Lunatic asylums in Bengal annual reports 1888-1898 - 1888-1898
Year: 1888
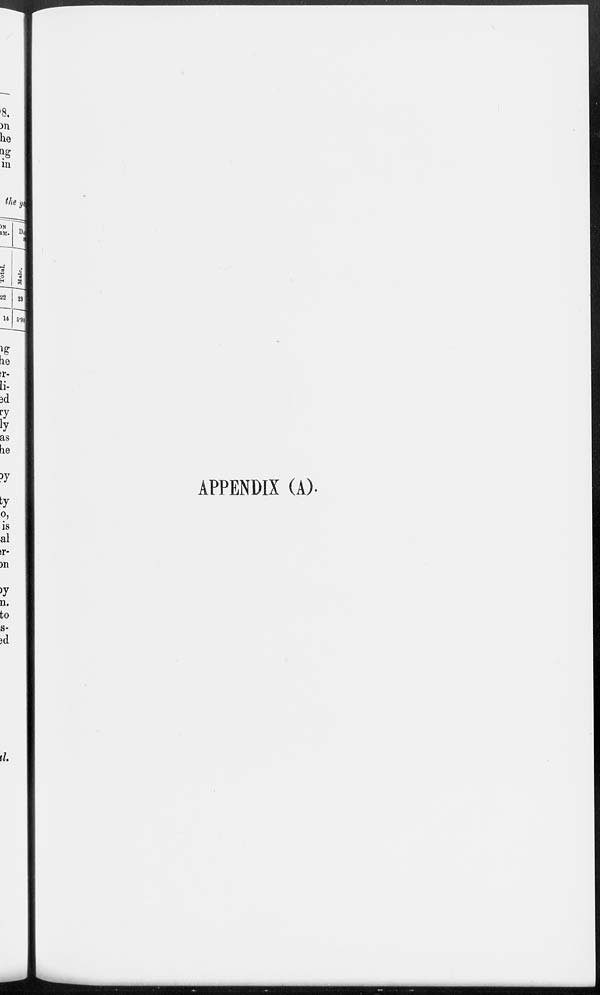
APPENDIX (A).